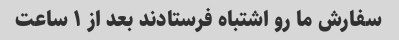
سفارش ما رو اشتباه فرستادند بعد از ١ ساعت